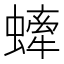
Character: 𧐤